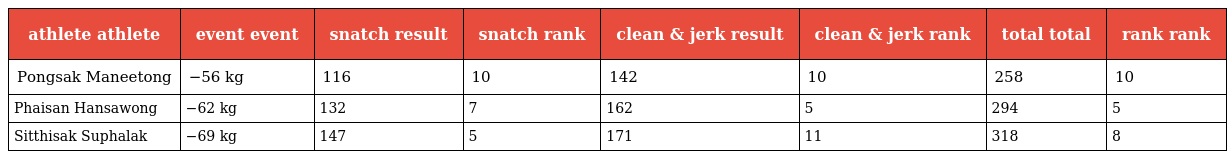
| athlete athlete | event event | snatch result | snatch rank | clean & jerk result | clean & jerk rank | total total | rank rank |
 | --- | --- | --- | --- | --- | --- | --- | --- |
 | Pongsak Maneetong | −56 kg | 116 | 10 | 142 | 10 | 258 | 10 |
 | Phaisan Hansawong | −62 kg | 132 | 7 | 162 | 5 | 294 | 5 |
 | Sitthisak Suphalak | −69 kg | 147 | 5 | 171 | 11 | 318 | 8 |